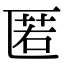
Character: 匿